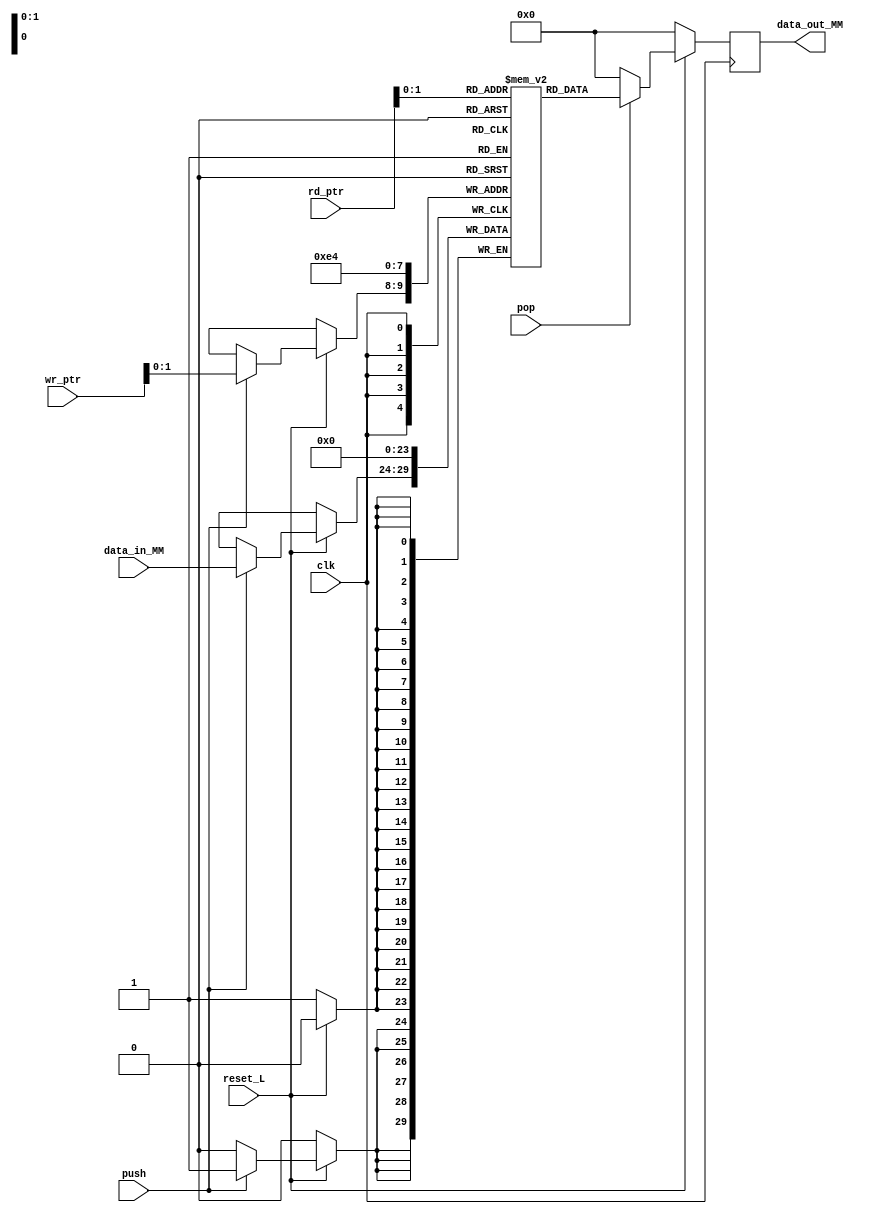
module memory 
#(
    parameter MEM_SIZE = 4,   //Tamano de memoria (Cantidad de entradas)
    parameter WORD_SIZE = 6,    //Cantidad de bits
    parameter PTR_L = 5)        //Longitud de bits para el puntero
 (
    input [PTR_L-1:0] rd_ptr,
    input [PTR_L-1:0] wr_ptr,
    input [WORD_SIZE-1:0] data_in_MM,
    input push,
    input pop,
    input reset_L,
    input clk,
    output reg [WORD_SIZE-1:0] data_out_MM);

reg [WORD_SIZE-1:0] Mem [MEM_SIZE-1:0]; //Matriz memoria                         
integer i;

always @(posedge clk)begin

    if(!reset_L)begin
        data_out_MM <= 0;
        for(i = 0; i < MEM_SIZE; i = i + 1) begin
            Mem[i] <= 0;
        end
    end    
    else begin

        if(push) begin
            Mem[wr_ptr] <= data_in_MM;
        end    

        if(pop) begin
            data_out_MM <= Mem[rd_ptr];
        end

        else begin
            data_out_MM <= 0; 
        end
    end   
end

endmodule